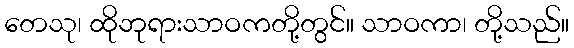
တေသု၊ ထိုဘုရားသာဝကတို့တွင်။ သာဝကာ၊ တို့သည်။